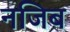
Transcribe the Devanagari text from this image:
नजिब